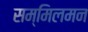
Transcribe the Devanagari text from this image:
सम्मिलमन